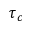
\tau _ { c }